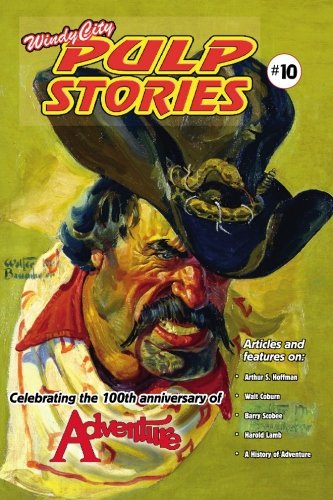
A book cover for Windy City Pulp Stories No.10; Tom Roberts; Crafts, Hobbies & Home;